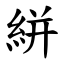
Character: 絣